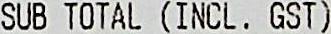
SUB TOTAL (INCL. GST)